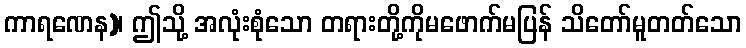
ကာရဏေန)၊ ဤသို့ အလုံးစုံသော တရားတို့ကိုမဖောက်မပြန် သိတော်မူတတ်သော